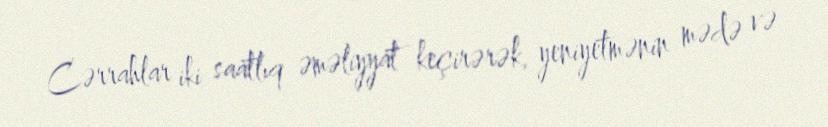
Cərrahlar iki saatlıq əməliyyat keçirərək, yeniyetmənin mədə və